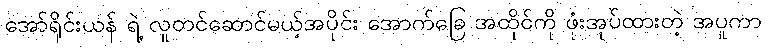
အော်ရိုင်းယန် ရဲ့ လူတင်ဆောင်မယ့်အပိုင်း အောက်ခြေ အထိုင်ကို ဖုံးအုပ်ထားတဲ့ အပူကာ